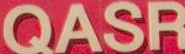
QASR